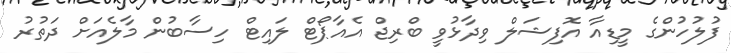
ފުލުހުންގެ މީޑިއާ އޮފިޝަލް ވިދާޅުވީ ބްރިޖް އެއާޕޯޓް ލައިޓް ހިސާބުން މާލެއަށް ދަތުރު